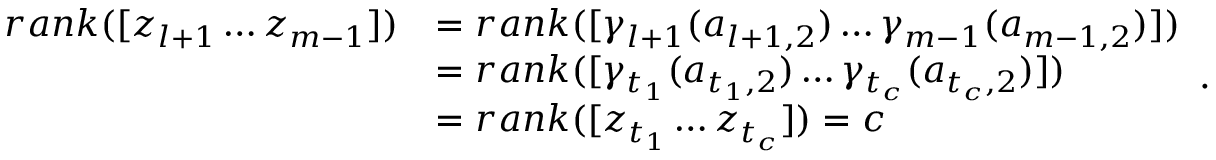
\begin{array} { r l } { r a n k ( [ z _ { l + 1 } \dots z _ { m - 1 } ] ) } & { = r a n k ( [ \gamma _ { l + 1 } ( a _ { l + 1 , 2 } ) \dots \gamma _ { m - 1 } ( a _ { m - 1 , 2 } ) ] ) } \\ & { = r a n k ( [ \gamma _ { t _ { 1 } } ( a _ { t _ { 1 } , 2 } ) \dots \gamma _ { t _ { c } } ( a _ { t _ { c } , 2 } ) ] ) } \\ & { = r a n k ( [ z _ { t _ { 1 } } \dots z _ { t _ { c } } ] ) = c } \end{array} .